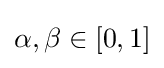
\alpha ,\beta \in [0,1]